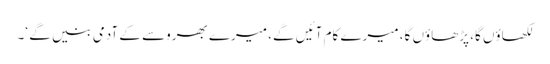
لکھاؤں گا، پڑھاؤں گا، میرے کام آئیں گے، میرے بھروسے کے آدمی بنیں گے ‘۔